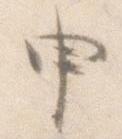
申